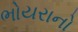
ભોયરાનો